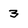
Character: 3